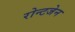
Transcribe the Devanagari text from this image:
रोन्टजेन